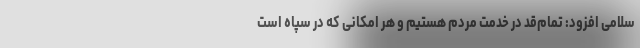
سلامی افزود: تمام‌قد در خدمت مردم هستیم و هر امکانی که در سپاه است